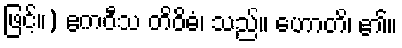
ဖြင့်။) ဧကဝီသ တိဝိဓံ၊ သည်။ ဟောတိ၊ ၏။